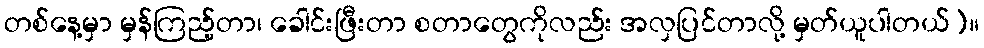
တစ်နေ့မှာ မှန်ကြည့်တာ၊ ခေါင်းဖြီးတာ စတာတွေကိုလည်း အလှပြင်တာလို့ မှတ်ယူပါတယ်)။